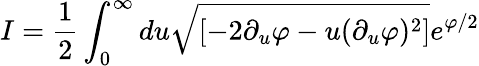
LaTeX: I=\frac{1}{2}\int_{0}^{\infty}du\sqrt{[-2\partial_{u}\varphi-u(\partial_{u}\varphi)^{2}]}e^{\varphi/2}